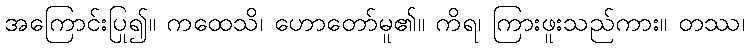
အကြောင်းပြု၍။ ကထေသိ၊ ဟောတော်မူ၏။ ကိရ၊ ကြားဖူးသည်ကား။ တဿ၊